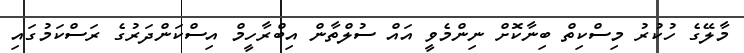
މާލޭގެ ހުކުރު މިސްކިތް ބިނާކޮށް ނިންމެވީ އައް ސުލްތާން އިބްރާހީމް އިސްކަންދަރުގެ ރަސްކަމުގައި